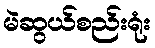
မဲဆွယ်စည်းရုံး